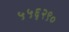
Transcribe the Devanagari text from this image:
५५६२९०